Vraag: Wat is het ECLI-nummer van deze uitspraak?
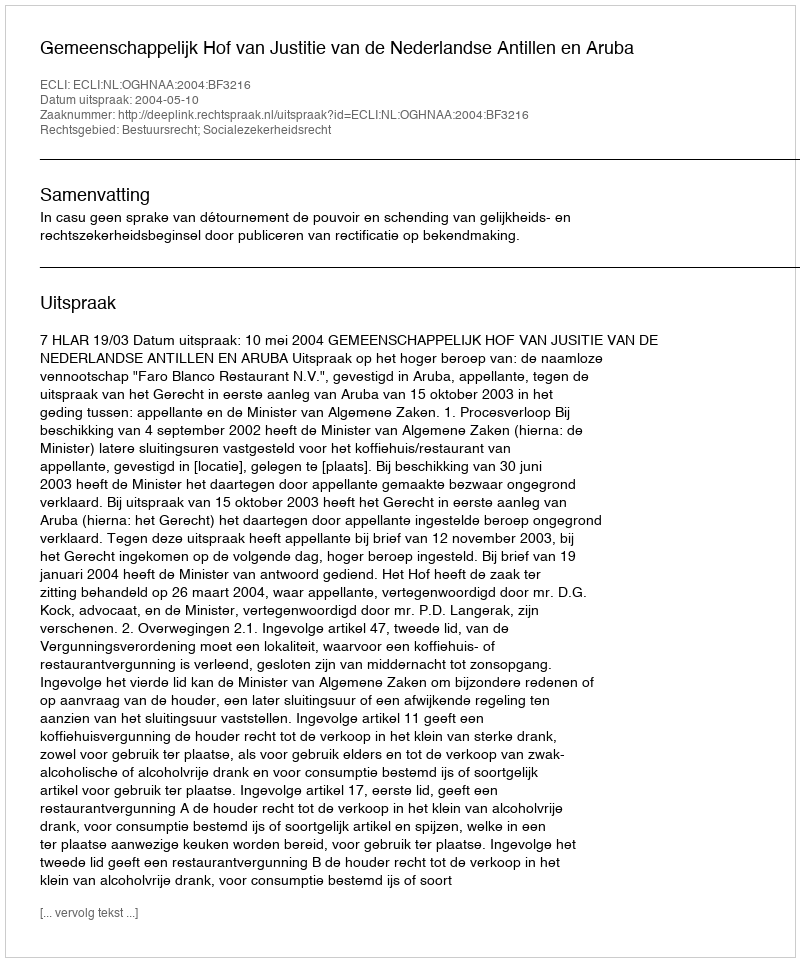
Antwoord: ECLI:NL:OGHNAA:2004:BF3216